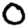
Digit: 0